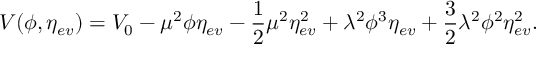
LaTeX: V ( \phi , \eta _ { e v } ) = V _ { 0 } - \mu ^ { 2 } \phi \eta _ { e v } - \frac { 1 } { 2 } \mu ^ { 2 } \eta _ { e v } ^ { 2 } + \lambda ^ { 2 } \phi ^ { 3 } \eta _ { e v } + \frac { 3 } { 2 } \lambda ^ { 2 } \phi ^ { 2 } \eta _ { e v } ^ { 2 } .